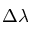
\Delta \lambda